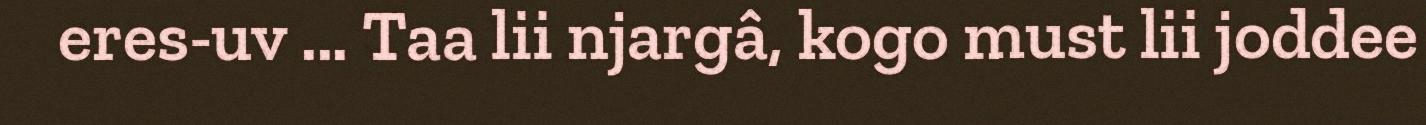
eres-uv ... Taa lii njargâ, kogo must lii joddee